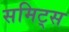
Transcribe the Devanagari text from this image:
समिट्स